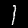
Label: 1